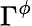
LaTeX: \Gamma^{\phi}